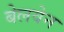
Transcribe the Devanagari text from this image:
बेलवेन